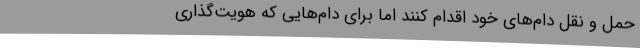
حمل و نقل دام‌های خود اقدام کنند اما برای دام‌هایی که هویت‌گذاری